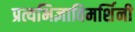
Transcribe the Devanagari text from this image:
प्रत्यभिज्ञाविमर्शिनी